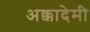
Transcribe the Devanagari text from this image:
अक्कादेमी